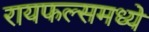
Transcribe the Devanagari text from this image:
रायफल्समध्ये